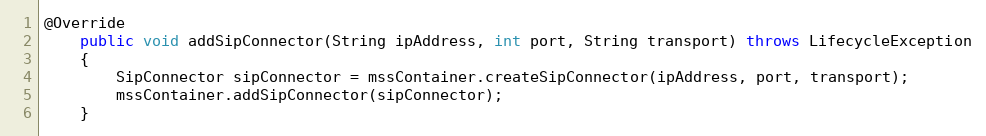
Language: Java
@Override
	public void addSipConnector(String ipAddress, int port, String transport) throws LifecycleException
	{
		SipConnector sipConnector = mssContainer.createSipConnector(ipAddress, port, transport);
		mssContainer.addSipConnector(sipConnector);
	}